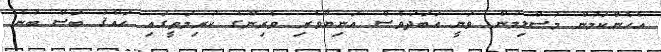
އެހެންކަމުން މުސްލިމުން ވަނީ އަބަދުވެސް އަނިޔާވެރި ވެރިންގެ ކުރިމަތީގައި ޙައްޤު ބަސް ބުނެ